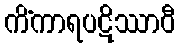
ကိံကာရပဋိဿာဝီ